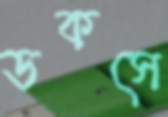
ডকসে